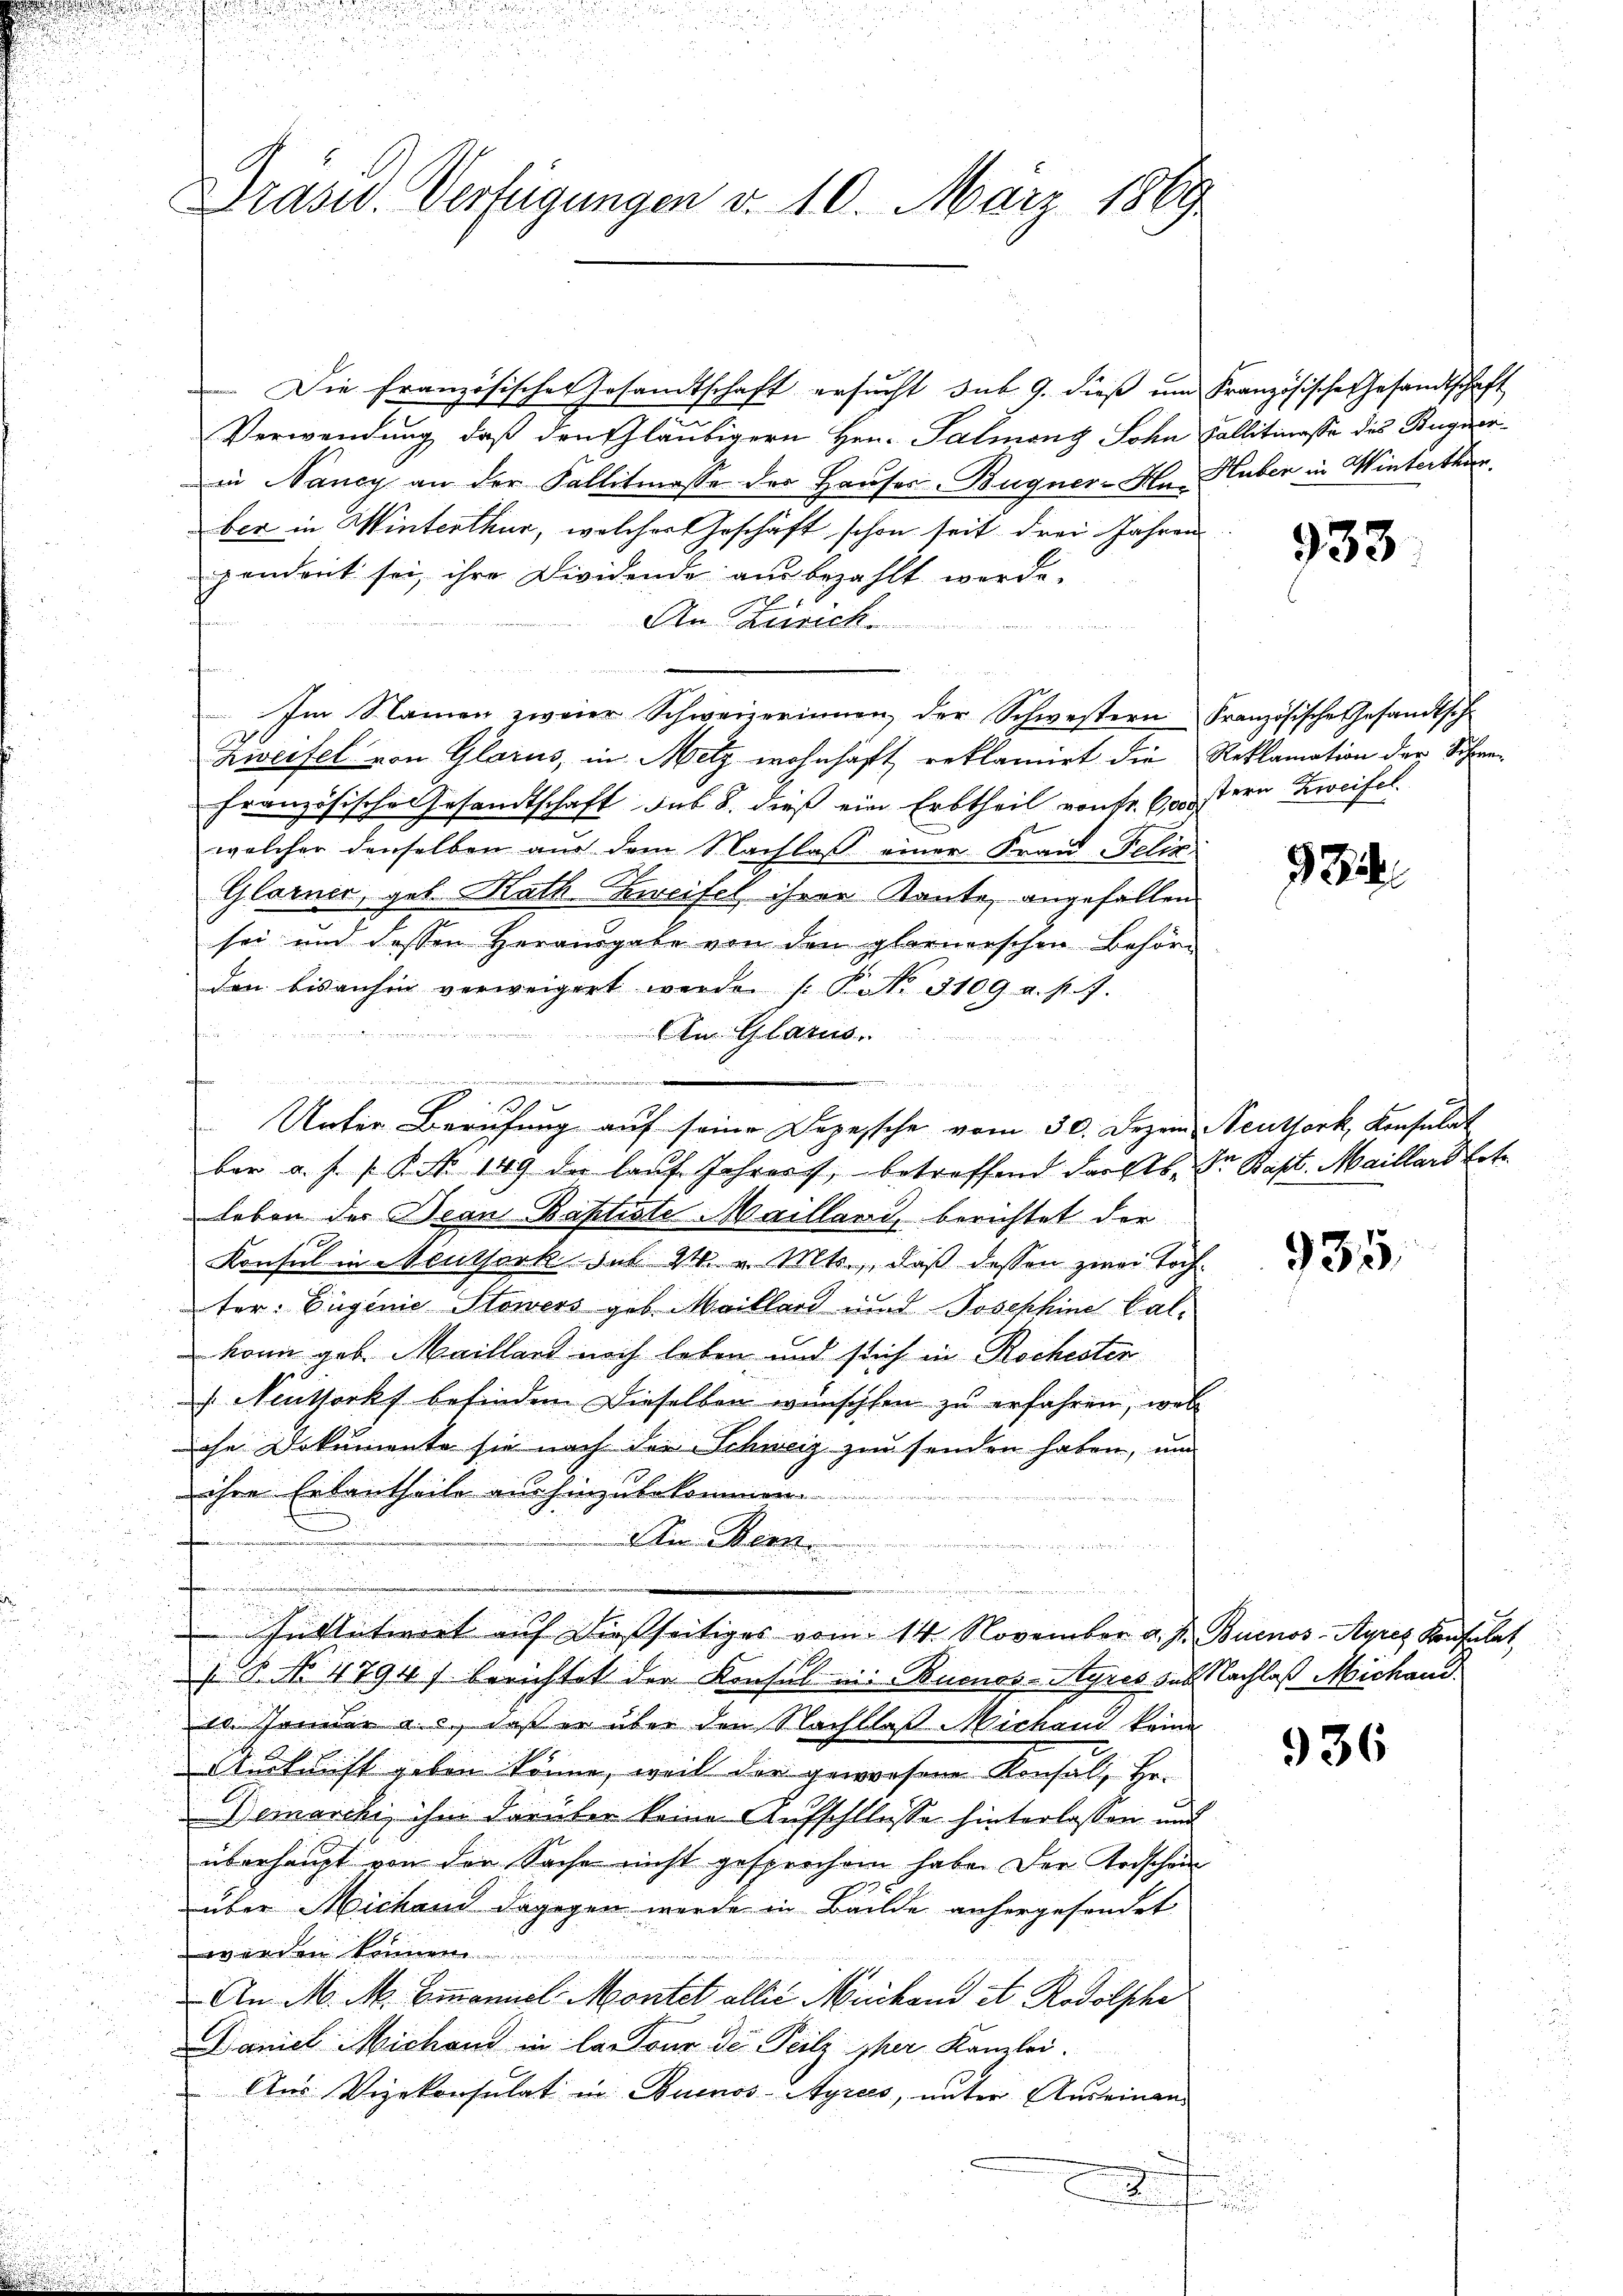
Die Französisches Gesandtschaft ersucht sub. 9. dieß um Französische Gesandtschaft
Verwendung, daß den Gläubigern Hrn. Palmong Sohn Fallitiasse des Bugier
in Nancy an der Fallitmasse der Hauses-Bugner-Hu Huber in Winterthan.
ber in Winterthur, welches Geschäft schon seit drei Jahren
pendent sei, ihre Dividende ausbezahlt werde.
An Zürich.
e
Im Namen zweier Schweizerinnen, der Schwestern Französische Gesandtsch
Zweifel von Glarus, in Metz wohnhaft reklamirt die Reklamation der Sohne
französische Gesandtschaft sub 8. dieß ein Erbtheil von Fr. 600 stern Zweifel.
welcher denselben aus dem Nachlass einer Frau Felix
Glarner, geb. Rath Zweifel ihrer Rente, angefallen
sei und dessen Herausgabe von den glornerschen Behörden bisanhin verweigert werde s. P. Nr. 3109 a. p. 7.

An Glarus.
.
d
bar a. s. Bd. 149 die lauf Jahres, betreffend darfs. Der Bapt. Maillard Lot
leben des Dean Baptiste Mailland, berichtet der
Konsul in Meritark sub 24. v. Mts., daß dessen zwei Tochter. Eugenie Stowers geb. Maillard unnd Josephine Calkann geb. Maillard noch leben und sich in Rochester
 Neuthorks befinden Dieselben wünschten zu erfahren, wel
che Dokumente sie nach der Schweiz zu senden haben, und
ihre Erlautheile aushinzubekommen.

Ain Bern

.
r
¬

.
Inblutivirt auf dießseitiges vom 14. November a. h. Buenos-Ayres Konfilat
a
18. No 4794) berichtet der Konsul ein Buenos-Ayres aus Nachlaß Michand¬
10. Jänner a. c., daß er über den Nachlaß Michand keine
Auskunft geben könne, weil der geworfene Konsalt Hr.
Demarcki, ihm darüber keine Aufschllosse hinterlassen und
überhaupt von der Sache nicht gesprochen habe. Der Erdschen
über Michand dagegen werde in Bailde anhergesendet.
werden können.
An M. M. Emanuel Montet allić Mückend et Rodolsche
Daniel Michand in la Tour der Teilz sper Kanzlei-
Aus Vizekonsulat in Buenos-Ayres, unter Auseinen
f

Prasw. Verfügungen d. 10. März 1869

Unter Berufung auf seine Dozessche vom 30. Dezem Neuthork, Konsulat

933

934.

935.

936